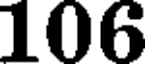
106